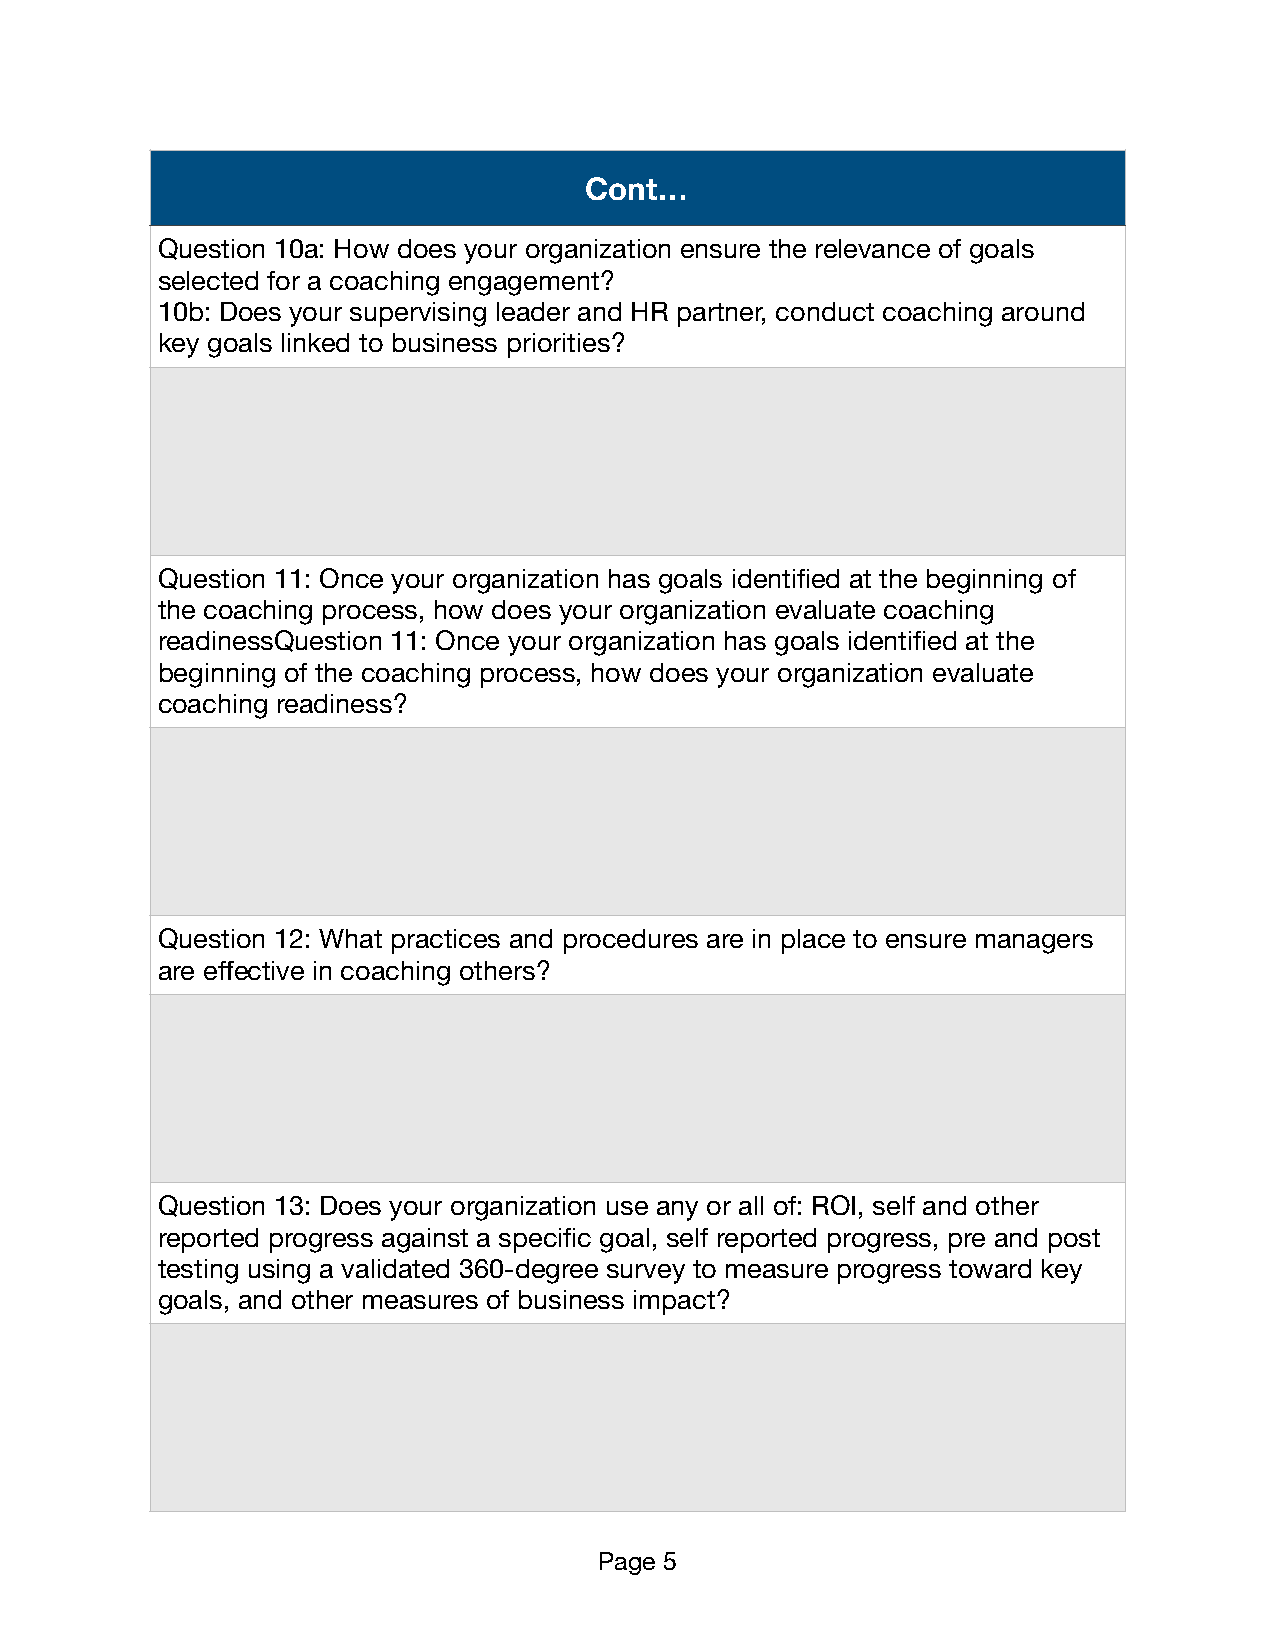
Cont…
 Question 10a: How does your organization ensure the relevance of goals
 selected for a coaching engagement?
 10b: Does your supervising leader and HR partner, conduct coaching around
 key goals linked to business priorities?
 Question 11: Once your organization has goals identified at the beginning of
 the coaching process, how does your organization evaluate coaching
 readinessQuestion 11: Once your organization has goals identified at the
 beginning of the coaching process, how does your organization evaluate
 coaching readiness?
 Question 12: What practices and procedures are in place to ensure managers
 are effective in coaching others?
 Question 13: Does your organization use any or all of: ROI, self and other
 reported progress against a specific goal, self reported progress, pre and post
 testing using a validated 360-degree survey to measure progress toward key
 goals, and other measures of business impact?
 Page 5